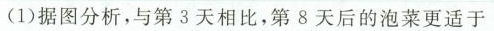
(1)据图分析，与第3天相比，第8天后的泡菜更适于